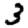
Digit: 3